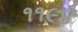
૧૧૯૪